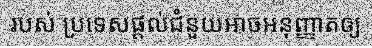
របស់ ប្រទេសផ្តល់ជំនួយអាចអនុញ្ញាតឲ្យ